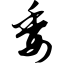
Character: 委